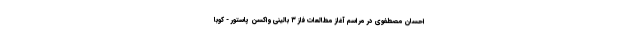
احسان مصطفوی در مراسم آغاز مطالعات فاز ۳ بالینی واکسن پاستور - کوبا